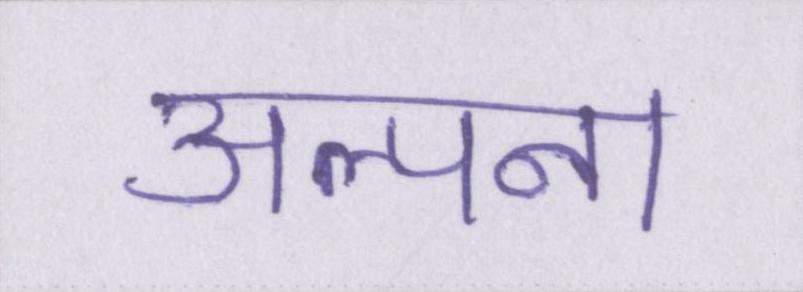
अल्पना